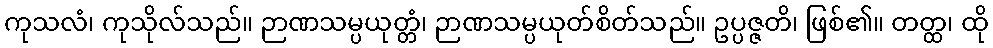
ကုသလံ၊ ကုသိုလ်သည်။ ဉာဏသမ္ပယုတ္တံ၊ ဉာဏသမ္ပယုတ်စိတ်သည်။ ဥပ္ပဇ္ဇတိ၊ ဖြစ်၏။ တတ္ထ၊ ထို